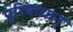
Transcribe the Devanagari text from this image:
पुरिषाधान्